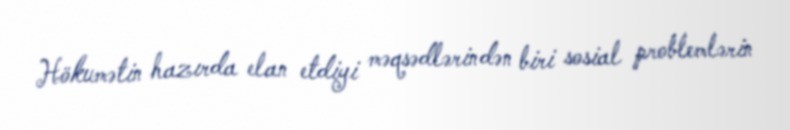
Hökumətin hazırda elan etdiyi məqsədlərindən biri sosial problemlərin